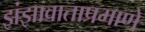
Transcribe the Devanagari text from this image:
झंझावाताप्रमाणे